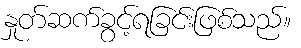
နှုတ်ဆက်ခွင့်ရခြင်းဖြစ်သည်။